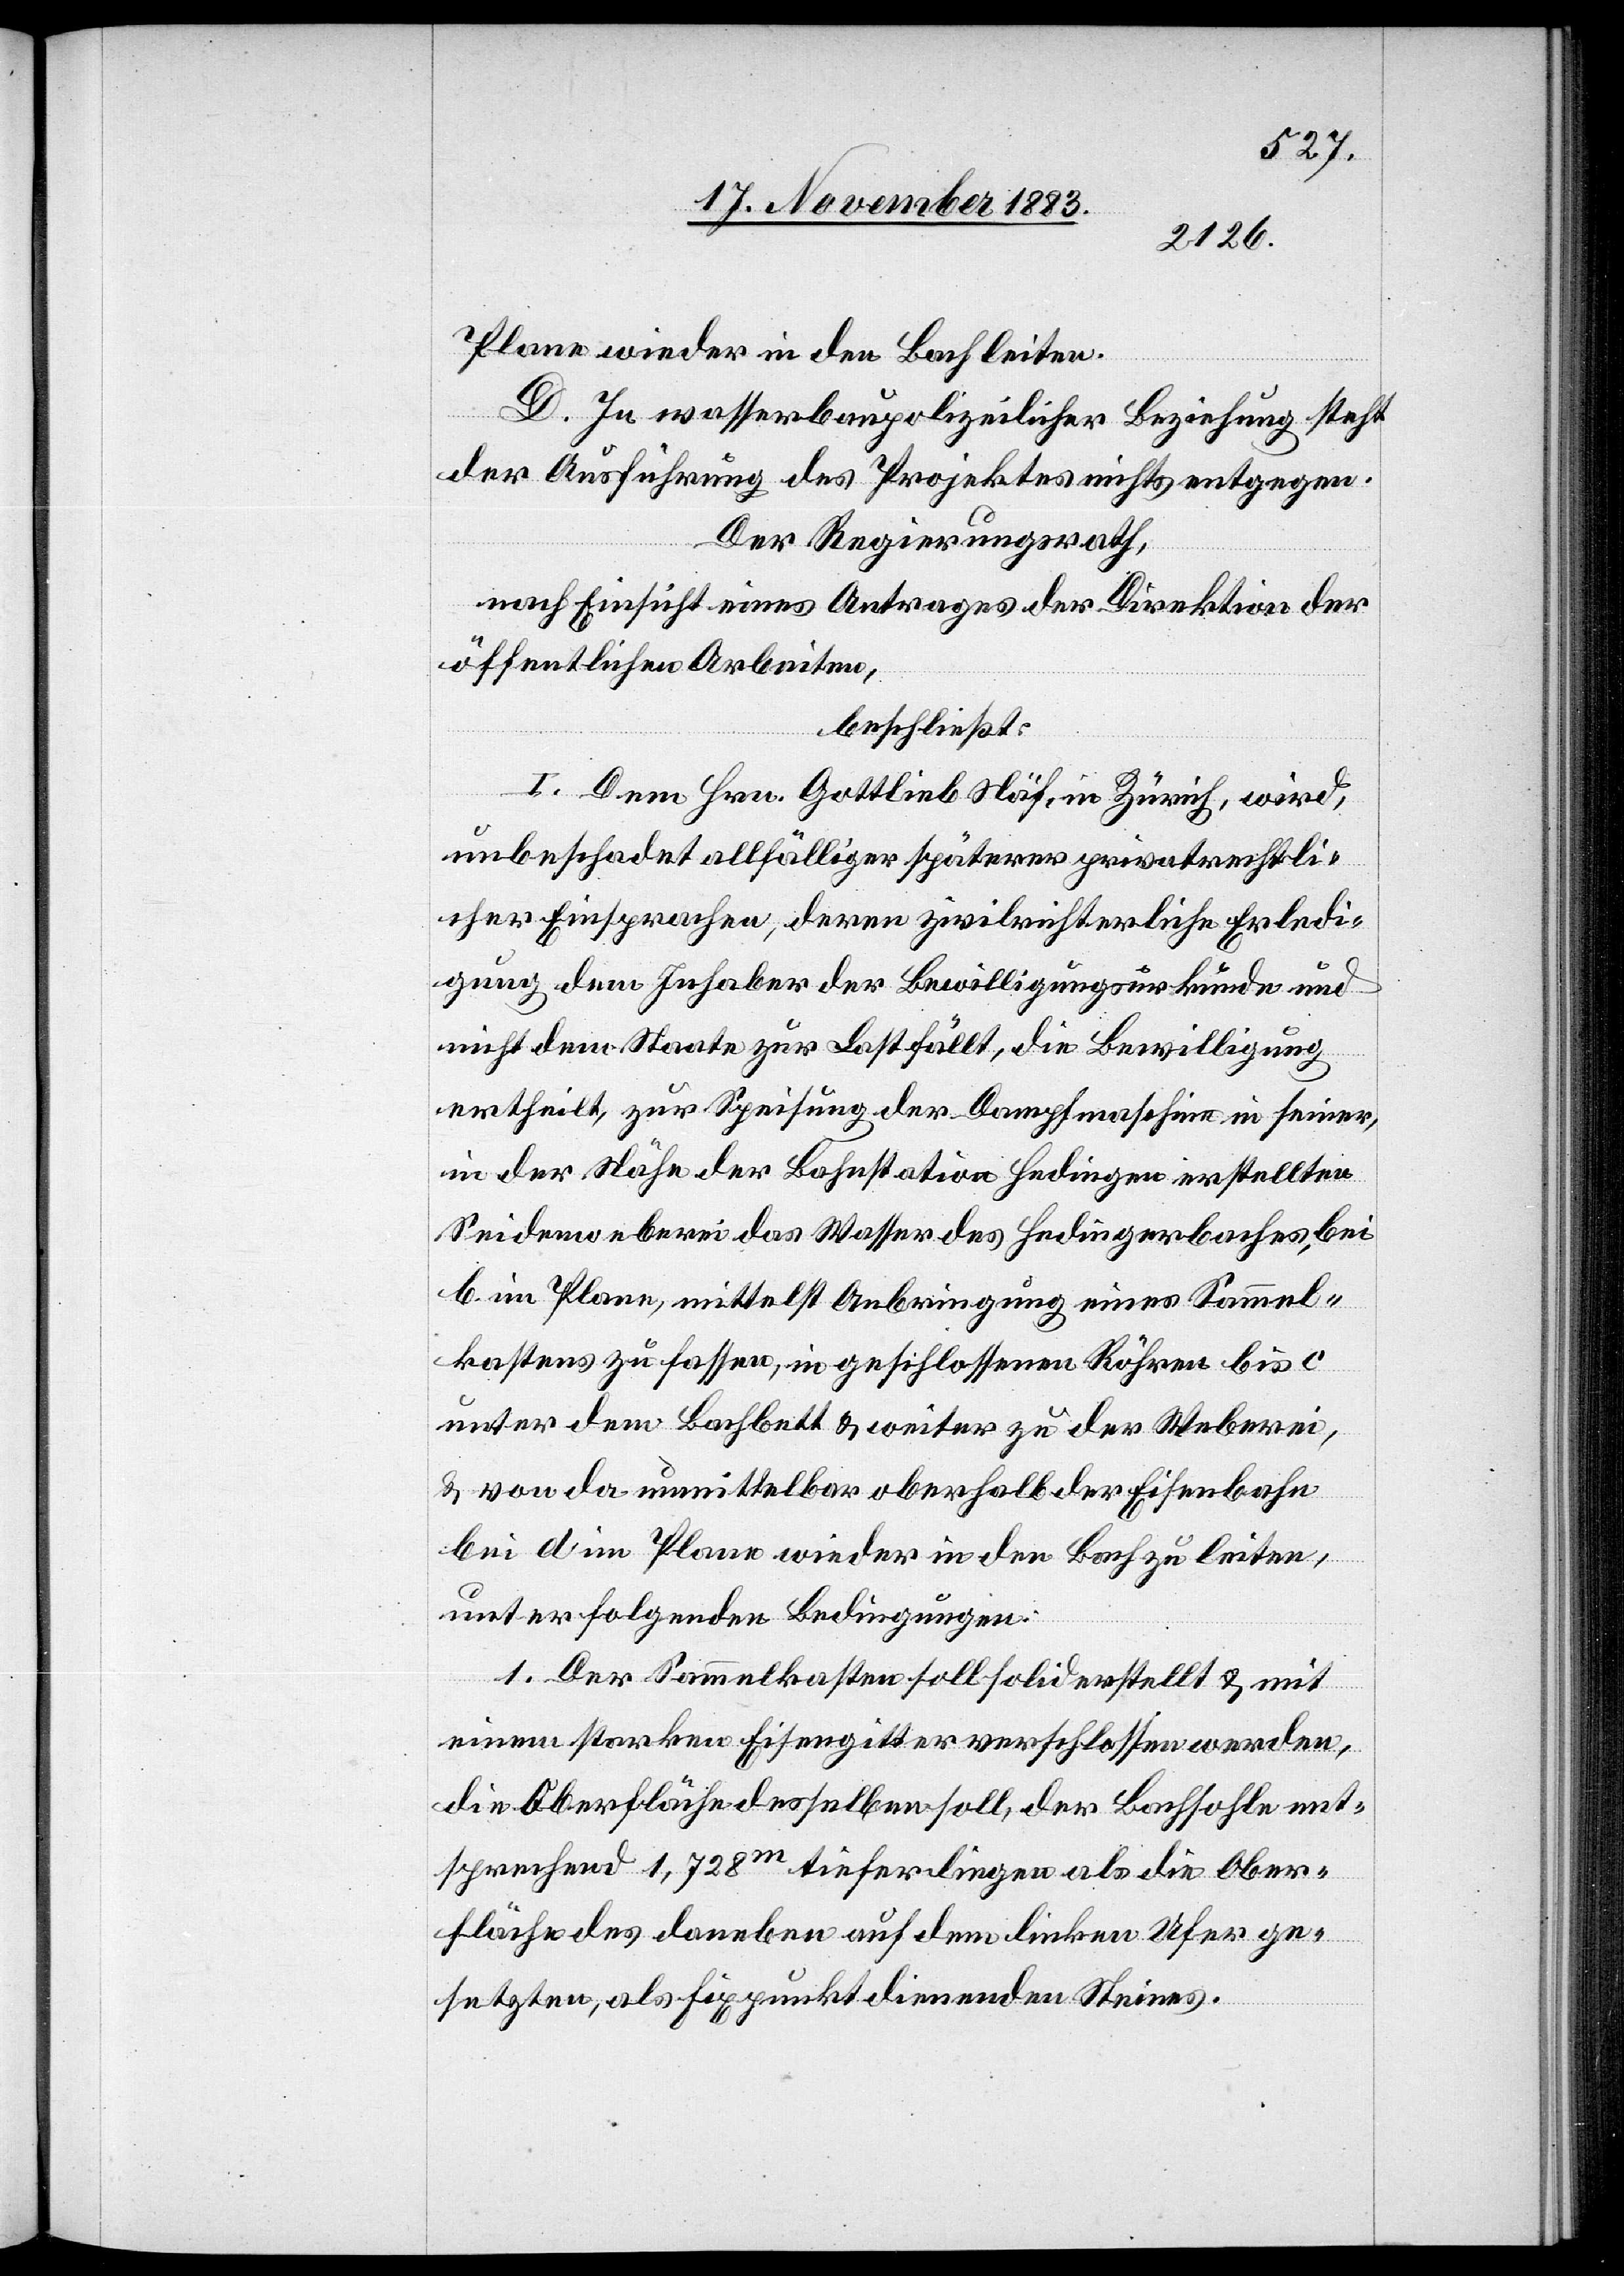
Plane wieder in den Bach leiten.
D. In wasserbaupolizeilicher Beziehung steht
der Ausführung des Projektes nichts entgegen.
Der Regierungsrath,
nach Einsicht eines Antrages der Direktion der
öffentlichen Arbeiten,
beschließt:
I. Dem Hrn. Gottlieb Näf, in Zürich, wird,
unbeschadet allfälliger späterer privatrechtli¬
cher Einsprachen, deren zivilrichterliche Erledi¬
gung dem Inhaber der Bewilligungsurkunde und
nicht dem Staate zur Last fällt, die Bewilligung
ertheilt, zur Speisung der Dampfmaschine in seiner,
in der Nähe der Bahnstation Hedingen erstellten
Seidenweberei das Wasser des Hedingerbaches, bei
b im Plane, mittelst Anbringung eines Sammel¬
kastens zu fassen, in geschlossenen Röhren bis c
unter dem Bachbett & weiter zu der Weberei,
& von da unmittelbar oberhalb der Eisenbahn
bei d im Plane wieder in den Bach zu leiten,
unter folgenden Bedingungen:
1. Der Sammelkasten soll solid erstellt & mit
einem starken Eisengitter verschlossen werden,
die Oberfläche desselben soll, der Bachsohle mit¬
sprechend 1,728m tieferliegen als die Ober¬
fläche des daneben auf dem linken Ufer ge¬
setzten, als Fixpunkt dienenden Steines.